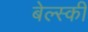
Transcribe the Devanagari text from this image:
बेल्स्की